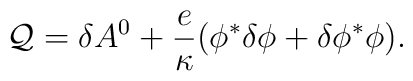
{\cal Q} = \delta A^0 +{e\over\kappa}(\phi^* \delta \phi +\delta\phi^* \phi).